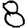
Digit: 8